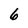
Character: 6